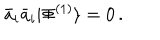
\bar { a } _ { i } \bar { a } _ { i } | \Phi ^ { ( 1 ) } \rangle = 0 \, .